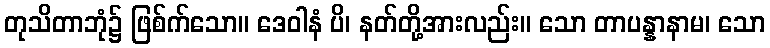
တုသိတာဘုံ၌ ဖြစ်က်သော။ ဒေဝါနံ ပိ၊ နတ်တို့အားလည်း။ သော တာပန္နာနာမ၊ သော